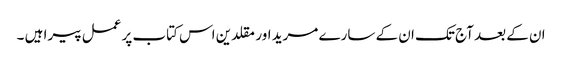
ان کے بعد آج تک ان کے سارے مرید اور مقلدین اس کتاب پر عمل پیرا ہیں ۔